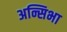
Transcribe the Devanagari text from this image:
अन्सिभा